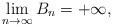
LaTeX: \begin{align*}\lim_{n\to\infty} B_n=+\infty,\end{align*}